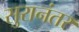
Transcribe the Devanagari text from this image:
सुरानंतर